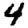
Digit: 4